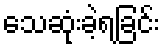
သေဆုံးခဲ့ရခြင်း